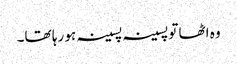
وہ اٹھا تو پسینہ پسینہ ہو رہا تھا۔